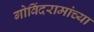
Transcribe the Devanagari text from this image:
गोविंदरामांच्या